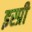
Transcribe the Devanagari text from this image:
इस्प्री